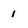
Character: 1